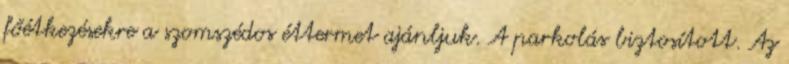
főétkezésekre a szomszédos éttermet ajánljuk. A parkolás biztosított. Az